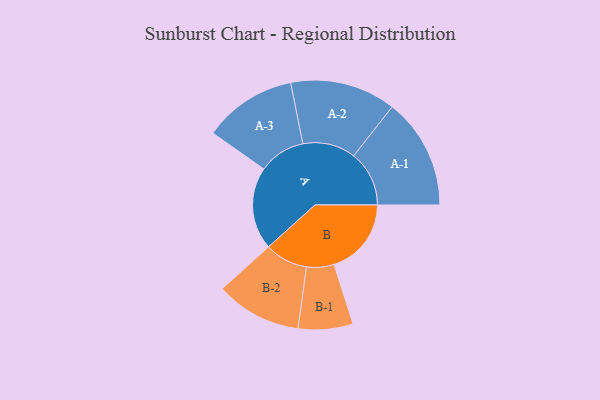
{"axis": {"x": "Segment", "y": "Value"}, "legend": ["", "A", "B"], "data": [{"x": "A", "y": 423, "type": ""}, {"x": "B", "y": 396, "type": ""}, {"x": "A-1", "y": 284, "type": "A"}, {"x": "A-2", "y": 271, "type": "A"}, {"x": "A-3", "y": 239, "type": "A"}, {"x": "B-1", "y": 140, "type": "B"}, {"x": "B-2", "y": 220, "type": "B"}]}